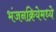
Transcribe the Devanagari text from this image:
भंजनक्रियेमध्ये